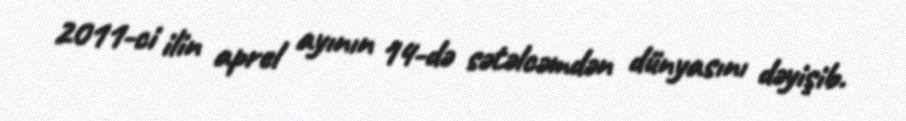
2011-ci ilin aprel ayının 14-də sətəlcəmdən dünyasını dəyişib.